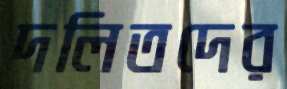
দলিতদের